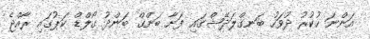
އަންނަ ހުކުރު ދުވަހު ބަނގްލަދޭޝްގައި ފަށާ ބަންގް ބަންދު ގޯލްޑް ކަޕުގައި ރާއްޖެ